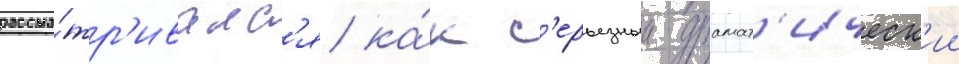
рассма́тр'ивалс'я ка́к с'ерьезныи драмат'ическ'ии